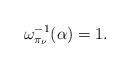
LaTeX: \begin{align*}\omega^{-1}_{\pi_{\nu}}(\alpha)=1.\end{align*}